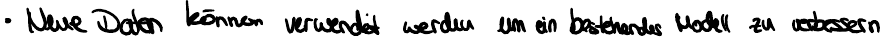
Neue Daten können verwendet werden um ein bestehendes Modell zu verbessern